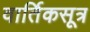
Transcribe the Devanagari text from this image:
वार्तिकसूत्र